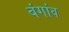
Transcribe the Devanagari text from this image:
बंगांव